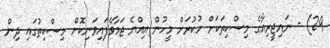
29) - ނައިޖީރިއާގެ މިސްކިތަކަށް ހުކުރަށް މީހުން އިއްޔެ ޖަމާވެފައިވަނިކޮށް މިސްކިތުގައި ދިން